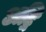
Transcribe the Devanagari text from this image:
अद्रि